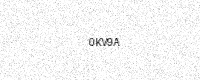
Text: 0KV9A